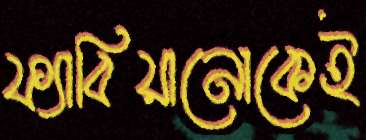
ফ্যাবিয়ানোকেই